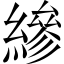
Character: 縿